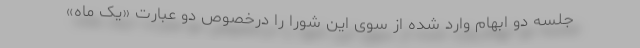
جلسه دو ابهام وارد شده از سوی این شورا را درخصوص دو عبارت «یک ماه»